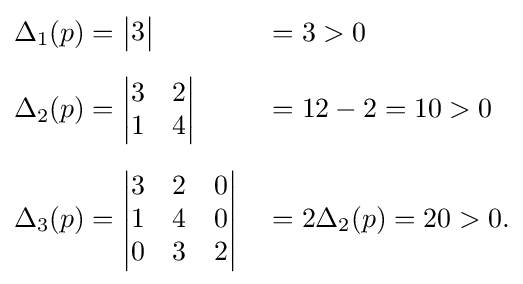
{\begin{aligned}\Delta _{1}(p)&={\begin{vmatrix}3\end{vmatrix}}&&=3>0\\[2mm]\Delta _{2}(p)&={\begin{vmatrix}3&2\\1&4\\\end{vmatrix}}&&=12-2=10>0\\[2mm]\Delta _{3}(p)&={\begin{vmatrix}3&2&0\\1&4&0\\0&3&2\\\end{vmatrix}}&&=2\Delta _{2}(p)=20>0.\end{aligned}}